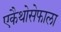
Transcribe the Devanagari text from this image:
एकैथोसेफाला